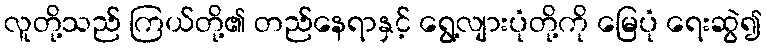
လူတို့သည် ကြယ်တို့၏ တည်နေရာနှင့် ရွေ့လျားပုံတို့ကို မြေပုံ ရေးဆွဲ၍